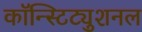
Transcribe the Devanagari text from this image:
कॉन्स्टिट्युशनल